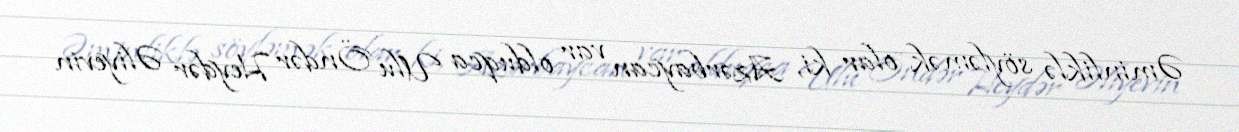
Əminliklə söyləmək olar ki, Azərbaycan var olduqca Ulu Öndər Heydər Əliyevin